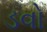
ડવો